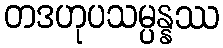
တဒဟုပသမ္ပန္နဿ